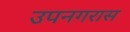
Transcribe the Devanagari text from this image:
उपनगरास